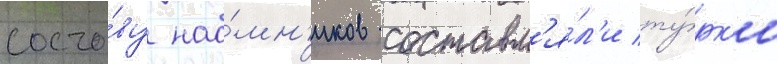
соста́ву нао́мн'иков составл'я́л'и ту́рк'и